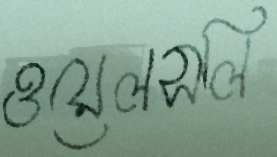
ওয়েলসলি